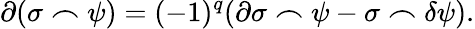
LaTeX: \partial(\sigma\frown\psi)=(-1)^{q}(\partial\sigma\frown\psi-\sigma\frown\delta\psi).